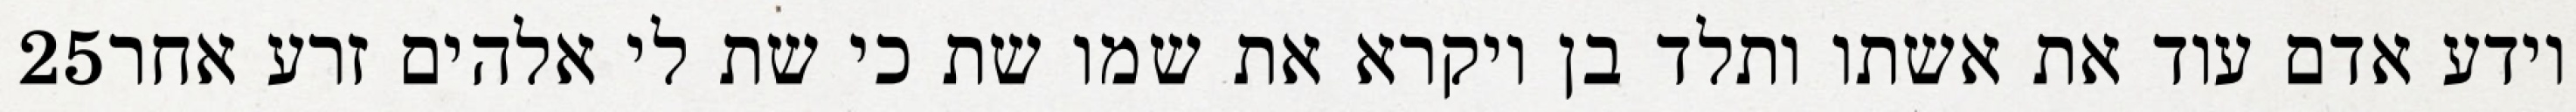
‎25‏ וידע אדם עוד את אשתו ותלד בן ויקרא את שמו שת כי שת לי אלהים זרע אחר